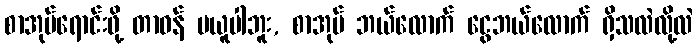
စာအုပ်ရောင်းဖို့ တာဝန် မယူပါဘူး, စာအုပ် ဘယ်လောက် ငွေဘယ်လောက် ရှိသလဲလို့လဲ